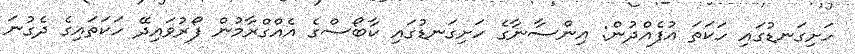
ހަށިގަނޑުގައި ހަކަތަ އުފެއްދުން: އިންސާނާގެ ހަށިގަނޑުގައި ކާބޯސްގެ އެއްގްރާމުން ފޯރުވައިދޭ ހަކަތައިގެ ދެގުނަ